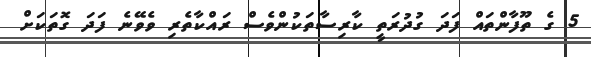
5 ގެ ތޫފާންތައް ފަދަ ގުދުރަތީ ކާރިސާތަކުންވެސް ރައްކާތެރި ވެވޭނެ ފަދަ ގޮތަކަށް